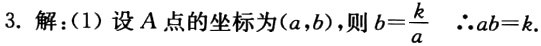
3. 解：(1) 设\(A\)点的坐标为\((a,b)\)，则\(b = \frac{k}{a}\)  \(\therefore ab = k\).